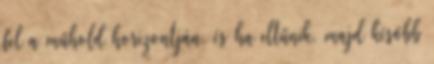
fel a műhold horizontján, és ha eltűnik, majd később